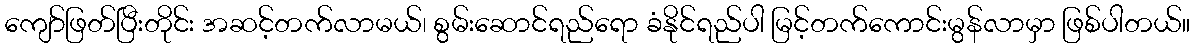
ကျော်ဖြတ်ပြီးတိုင်း အဆင့်တက်လာမယ်၊ စွမ်းဆောင်ရည်ရော ခံနိုင်ရည်ပါ မြင့်တက်ကောင်းမွန်လာမှာ ဖြစ်ပါတယ်။